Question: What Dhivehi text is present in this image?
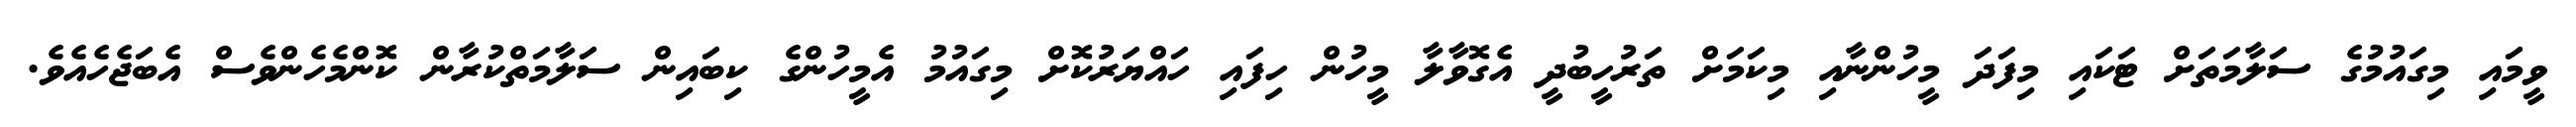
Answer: ވީމައި މިގައުމުގެ ސަލާމަތަށް ޓަކައި މިފަދަ މީހުންނާއި މިކަމަށް ތަރުހީބުދީ އެގޮވާލާ މީހުން ހިފައި ހައްޔަރުކޮށް މިގައުމު އެމީހުންގެ ކިބައިން ސަލާމަތްކުރާން ކޮންމެހެންވެސް އެބަޖެހެއެވެ.